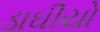
ડાઘીયો